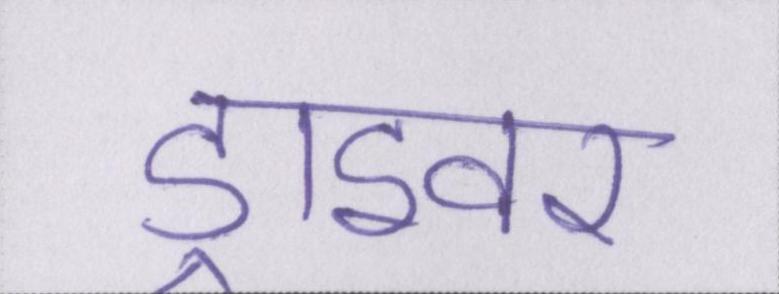
ड्राइवर